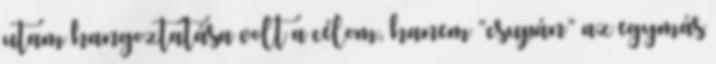
utam hangoztatása volt a célom, hanem “csupán” az egymás